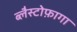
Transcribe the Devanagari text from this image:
ब्लैस्टोफ़ागा